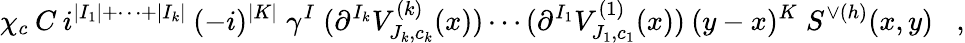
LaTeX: \chi_{c}\: C\: i^{|I_{1}|+\cdots+|I_{k}|}\: (-i)^{|K|}\; \gamma^{I}\; (\partial^{I_{k}}V_{J_{k},c_{k}}^{(k)}(x))\cdots(\partial^{I_{1}}V_{J_{1},c_{1}}^{(1)}(x))\: (y-x)^{K}\; S^{\vee(h)}(x,y)\; \; \; ,